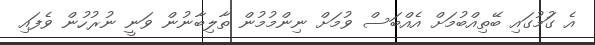
އެ ގަުމުގައި ބޭތިއްބުމަށް އެއްބަސް ވުމަށް ނިންމުމުން ތާލިބާނުން ވަނީ ނުރުހުން ވެފައި